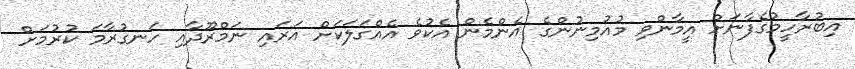
އިބުރާހީމުގެފާނަށް އީމާންވި މުއުމިނުންގެ އެންމެން އެކުވެ އެއްގަލަކަށް އަރައި ނަމްރޫދާއި ހަނގުރާމަ ކުރުމަށް